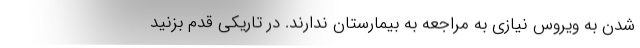
شدن به ویروس نیازی به مراجعه به بیمارستان ندارند. در تاریکی قدم بزنید